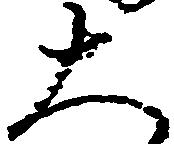
大